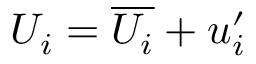
U _ { i } = \overline { { U _ { i } } } + u _ { i } ^ { \prime }